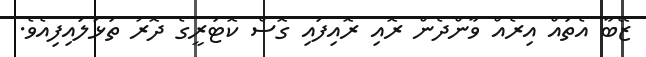
ޒޭބާ އެތައް އިރެއް ވާންދެން ރޮއި ރޮއިފައި ގޮސް ކޮޓަރީގެ ދޮރު ތަޅުލައިފިއެވެ.